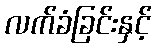
လက်ခံခြင်းနှင့်